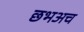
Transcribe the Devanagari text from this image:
छभअच